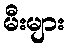
မီးများ